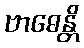
ဗာဓေန္တိ